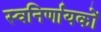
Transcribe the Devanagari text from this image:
स्वनिर्णायकों